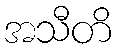
အသီတိ